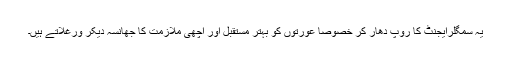
یہ سمگلرایجنٹ کا روپ دھار کر خصوصاً عورتوں کو بہتر مستقبل اور اچھی ملازمت کا جھانسہ دیکر ورغلاتے ہیں۔